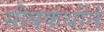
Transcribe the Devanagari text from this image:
सीबकथोर्न